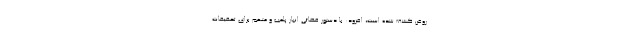
روغن کشف شده است، افزود: با دستور قضائی انبار پلمب و متهم برای تحقیقات